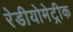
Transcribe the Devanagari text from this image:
रेडीयोमेट्रीक